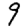
Digit: 9